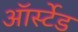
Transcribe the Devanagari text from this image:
ऑर्स्टेड